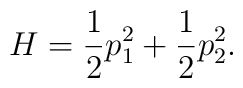
H=\frac{1}{2}p_1^2 + \frac{1}{2}p_2^2.